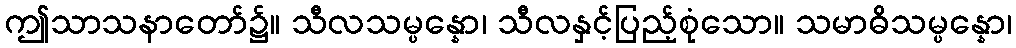
ဤသာသနာတော်၌။ သီလသမ္ပန္နော၊ သီလနှင့်ပြည့်စုံသော။ သမာဓိသမ္ပန္နော၊